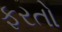
ફરતો